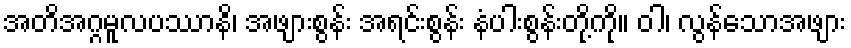
အတိအဂ္ဂမူလပဿာနိ၊ အဖျားစွန်း အရင်းစွန်း နံပါးစွန်းတို့ကို။ ဝါ၊ လွန်သောအဖျား